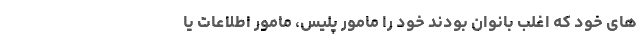
های خود که اغلب بانوان بودند خود را مامور پلیس، مامور اطلاعات یا